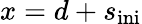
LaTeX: x=d+s_{\mathrm{ini}}